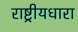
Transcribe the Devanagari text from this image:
राष्ट्रीयधारा